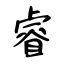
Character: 睿